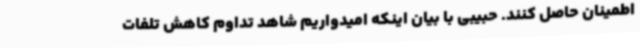
اطمینان حاصل کنند. حبیبی با بیان اینکه امیدواریم شاهد تداوم کاهش تلفات